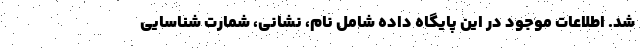
شد. اطلاعات موجود در این پایگاه داده شامل نام، نشانی، شمارت شناسایی